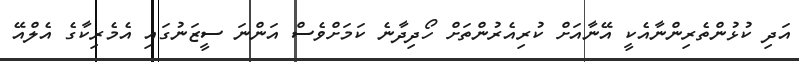
އަދި ކުޅުންތެރިންނާއެކީ އޭނާއަށް ކުރިއެރުންތަށް ހޯދިދާނެ ކަމަށްވެސް އަންނަ ސީޒަނުގައި އެމެރިކާގެ އެލްއޭ